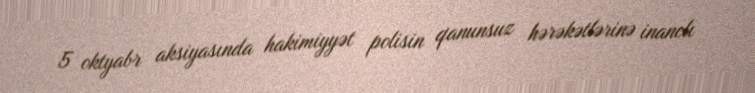
5 oktyabr aksiyasında hakimiyyət polisin qanunsuz hərəkətlərinə inanclı